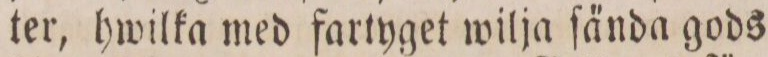
ter, hwilka med fartyget wilja ſända gods